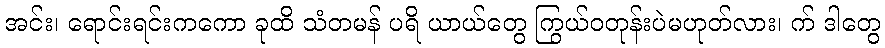
အင်း၊ ရောင်းရင်းကကော ခုထိ သံတမန် ပရိ ယာယ်တွေ ကြွယ်ဝတုန်းပဲမဟုတ်လား၊ က် ဒါတွေ